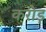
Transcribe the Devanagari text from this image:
करोड़